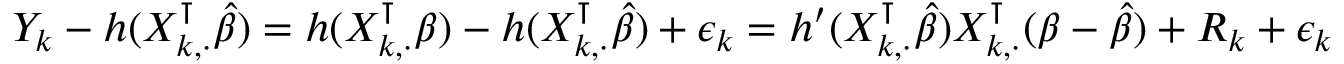
\begin{array} { r } { Y _ { k } - h ( X _ { k , \cdot } ^ { \intercal } \widehat { \beta } ) = h ( X _ { k , \cdot } ^ { \intercal } \beta ) - h ( X _ { k , \cdot } ^ { \intercal } \widehat { \beta } ) + \epsilon _ { k } = h ^ { \prime } ( X _ { k , \cdot } ^ { \intercal } \widehat { \beta } ) X _ { k , \cdot } ^ { \intercal } ( \beta - \widehat { \beta } ) + R _ { k } + \epsilon _ { k } } \end{array}